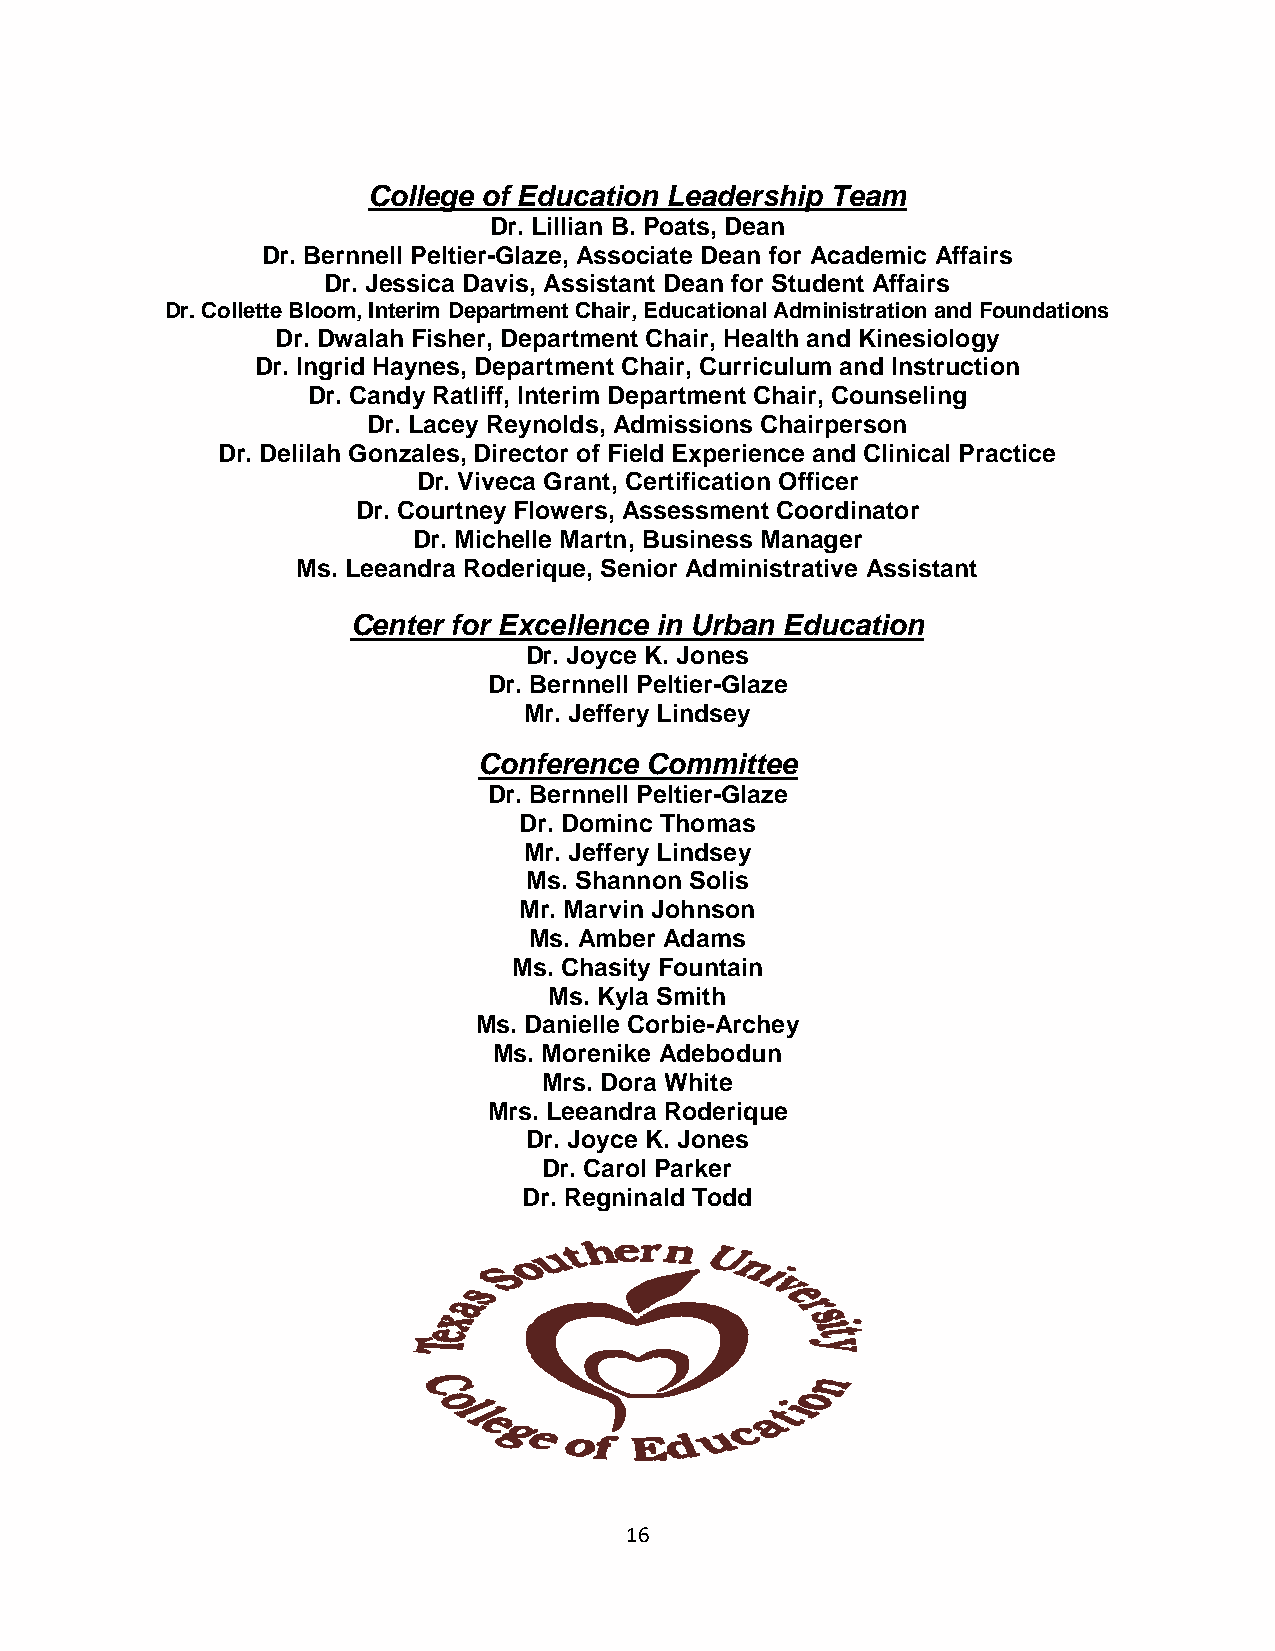
College of Education Leadership Team
 Dr. Lillian B. Poats, Dean
 Dr. Bernnell Peltier-Glaze, Associate Dean for Academic Affairs
 Dr. Jessica Davis, Assistant Dean for Student Affairs
 Dr. Collette Bloom, Interim Department Chair, Educational Administration and Foundations
 Dr. Dwalah Fisher, Department Chair, Health and Kinesiology
 Dr. Ingrid Haynes, Department Chair, Curriculum and Instruction
 Dr. Candy Ratliff, Interim Department Chair, Counseling
 Dr. Lacey Reynolds, Admissions Chairperson
 Dr. Delilah Gonzales, Director of Field Experience and Clinical Practice
 Dr. Viveca Grant, Certification Officer
 Dr. Courtney Flowers, Assessment Coordinator
 Dr. Michelle Martn, Business Manager
 Ms. Leeandra Roderique, Senior Administrative Assistant
 Center for Excellence in Urban Education
 Dr. Joyce K. Jones
 Dr. Bernnell Peltier-Glaze
 Mr. Jeffery Lindsey
 Conference Committee
 Dr. Bernnell Peltier-Glaze
 Dr. Dominc Thomas
 Mr. Jeffery Lindsey
 Ms. Shannon Solis
 Mr. Marvin Johnson
 Ms. Amber Adams
 Ms. Chasity Fountain
 Ms. Kyla Smith
 Ms. Danielle Corbie-Archey
 Ms. Morenike Adebodun
 Mrs. Dora White
 Mrs. Leeandra Roderique
 Dr. Joyce K. Jones
 Dr. Carol Parker
 Dr. Regninald Todd
 16